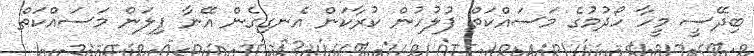
ބިދޭސީ މީހާ ހޯދުމުގެ މަސައްކަތް ފުލުހުން ކުރާކަން އެނގިގެން އޭނާ ފިލަން މަސައްކަތް